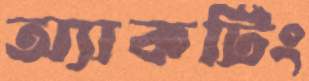
অ্যাকটিং